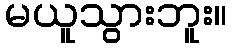
မယူသွားဘူး။